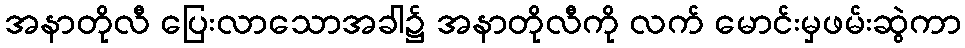
အနာတိုလီ ပြေးလာသောအခါ၌ အနာတိုလီကို လက် မောင်းမှဖမ်းဆွဲကာ